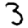
Digit: 3